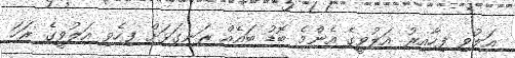
އަލުވި ފިހާއިރު އަލުވީގެ އެންމެ ބޮޑު ބައެއް ރަނގަޅަށް ފިހެވި އަލުވީގެ ރަހަ